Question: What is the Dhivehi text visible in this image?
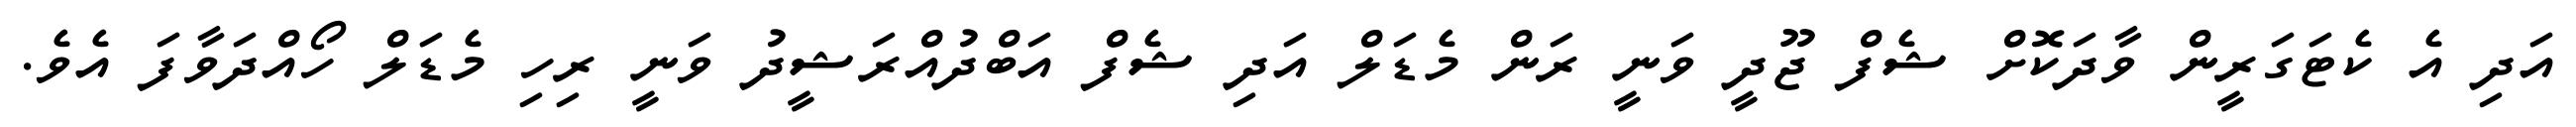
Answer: އަދި އެ ކެޓަގަރީން ވާދަކޮށް ޝެފް ޖޫދީ ވަނީ ރަން މެޑަލް އަދި ޝެފް އަބްދުއްރަޝީދު ވަނީ ރިހި މެޑަލް ހޯއްދަވާފަ އެވެ.